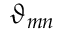
\vartheta _ { m n }